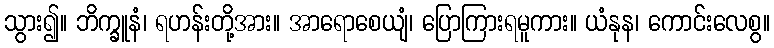
သွား၍။ ဘိက္ခူနံ၊ ရဟန်းတို့အား။ အာရောစေယျံ၊ ပြောကြားရမူကား။ ယံနုန၊ ကောင်းလေစွ။